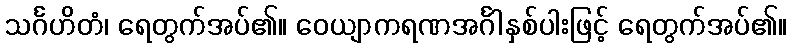
သင်္ဂဟိတံ၊ ရေတွက်အပ်၏။ ဝေယျာကရဏအင်္ဂါနှစ်ပါးဖြင့် ရေတွက်အပ်၏။